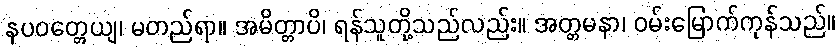
နပဝတ္တေယျ၊ မတည်ရာ။ အမိတ္တာပိ၊ ရန်သူတို့သည်လည်း။ အတ္တမနာ၊ ဝမ်းမြောက်ကုန်သည်။